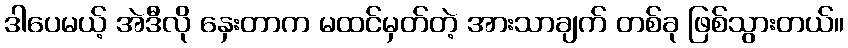
ဒါပေမယ့် အဲဒီလို နှေးတာက မထင်မှတ်တဲ့ အားသာချက် တစ်ခု ဖြစ်သွားတယ်။